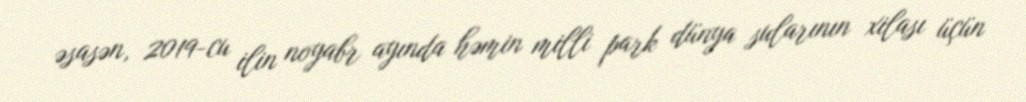
əsasən, 2019-cu ilin noyabr ayında həmin milli park dünya sularının xilası üçün